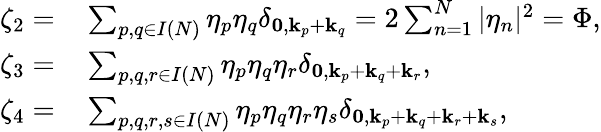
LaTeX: \begin{array}{rl}{\zeta_{2}=}&{{}\sum_{p,q\in I(N)}\eta_{p}\eta_{q}\delta_{\mathbf{0},\mathbf{k}_{p}+\mathbf{k}_{q}}=2\sum_{n=1}^{N}|\eta_{n}|^{2}=\Phi,}\\ {\zeta_{3}=}&{{}\sum_{p,q,r\in{I}(N)}\eta_{p}\eta_{q}\eta_{r}\delta_{\mathbf{0},\mathbf{k}_{p}+\mathbf{k}_{q}+{\mathbf{k}_{r}}},}\\ {\zeta_{4}=}&{{}\sum_{p,q,r,s\in{I}(N)}\eta_{p}\eta_{q}\eta_{r}\eta_{s}\delta_{\mathbf{0},\mathbf{k}_{p}+\mathbf{k}_{q}+{\mathbf{k}_{r}}+\mathbf{k}_{s}},}\end{array}